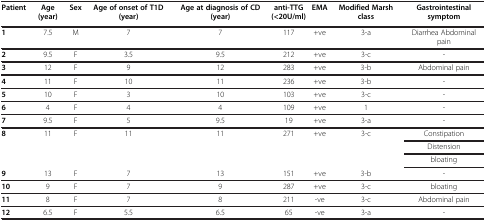
<table><thead><tr><td><b>Patient</b></td><td><b>Age(year)</b></td><td><b>Sex</b></td><td><b>Age of onset of T1D(year)</b></td><td><b>Age at diagnosis of CD (year)</b></td><td><b>anti-TTG(&lt;20U/ml)</b></td><td><b>EMA</b></td><td><b>Modified Marsh class</b></td><td><b>Gastrointestinal symptom</b></td></tr></thead><tbody><tr><td><b>1</b></td><td>7.5</td><td>M</td><td>7</td><td>7</td><td>117</td><td>+ve</td><td>3-a</td><td>Diarrhea Abdominal pain</td></tr><tr><td><b>2</b></td><td>9.5</td><td>F</td><td>3.5</td><td>9.5</td><td>212</td><td>+ve</td><td>3-c</td><td>-</td></tr><tr><td><b>3</b></td><td>12</td><td>F</td><td>9</td><td>12</td><td>283</td><td>+ve</td><td>3-b</td><td>Abdominal pain</td></tr><tr><td><b>4</b></td><td>11</td><td>F</td><td>10</td><td>11</td><td>236</td><td>+ve</td><td>3-b</td><td>-</td></tr><tr><td><b>5</b></td><td>10</td><td>F</td><td>3</td><td>10</td><td>103</td><td>+ve</td><td>3-c</td><td>-</td></tr><tr><td><b>6</b></td><td>4</td><td>F</td><td>4</td><td>4</td><td>109</td><td>+ve</td><td>1</td><td>-</td></tr><tr><td><b>7</b></td><td>9.5</td><td>F</td><td>5</td><td>9.5</td><td>19</td><td>+ve</td><td>3-a</td><td>-</td></tr><tr><td rowspan="3"><b>8</b></td><td rowspan="3">11</td><td rowspan="3">F</td><td rowspan="3">11</td><td rowspan="3">11</td><td rowspan="3">271</td><td rowspan="3">+ve</td><td rowspan="3">3-c</td><td>Constipation</td></tr><tr><td>Distension</td></tr><tr><td>bloating</td></tr><tr><td><b>9</b></td><td>13</td><td>F</td><td>7</td><td>13</td><td>151</td><td>+ve</td><td>3-b</td><td>-</td></tr><tr><td><b>10</b></td><td>9</td><td>F</td><td>7</td><td>9</td><td>287</td><td>+ve</td><td>3-c</td><td>bloating</td></tr><tr><td><b>11</b></td><td>8</td><td>F</td><td>7</td><td>8</td><td>211</td><td>-ve</td><td>3-c</td><td>Abdominal pain</td></tr><tr><td><b>12</b></td><td>6.5</td><td>F</td><td>5.5</td><td>6.5</td><td>65</td><td>-ve</td><td>3-a</td><td>-</td></tr></tbody></table>